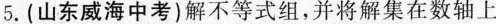
5.(山东威海中考)解不等式组，并将解集在数轴上